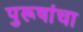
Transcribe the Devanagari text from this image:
पुरूषांचा